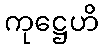
ကုဋ္ဌေဟိ